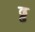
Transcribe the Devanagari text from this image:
ढ्ढ